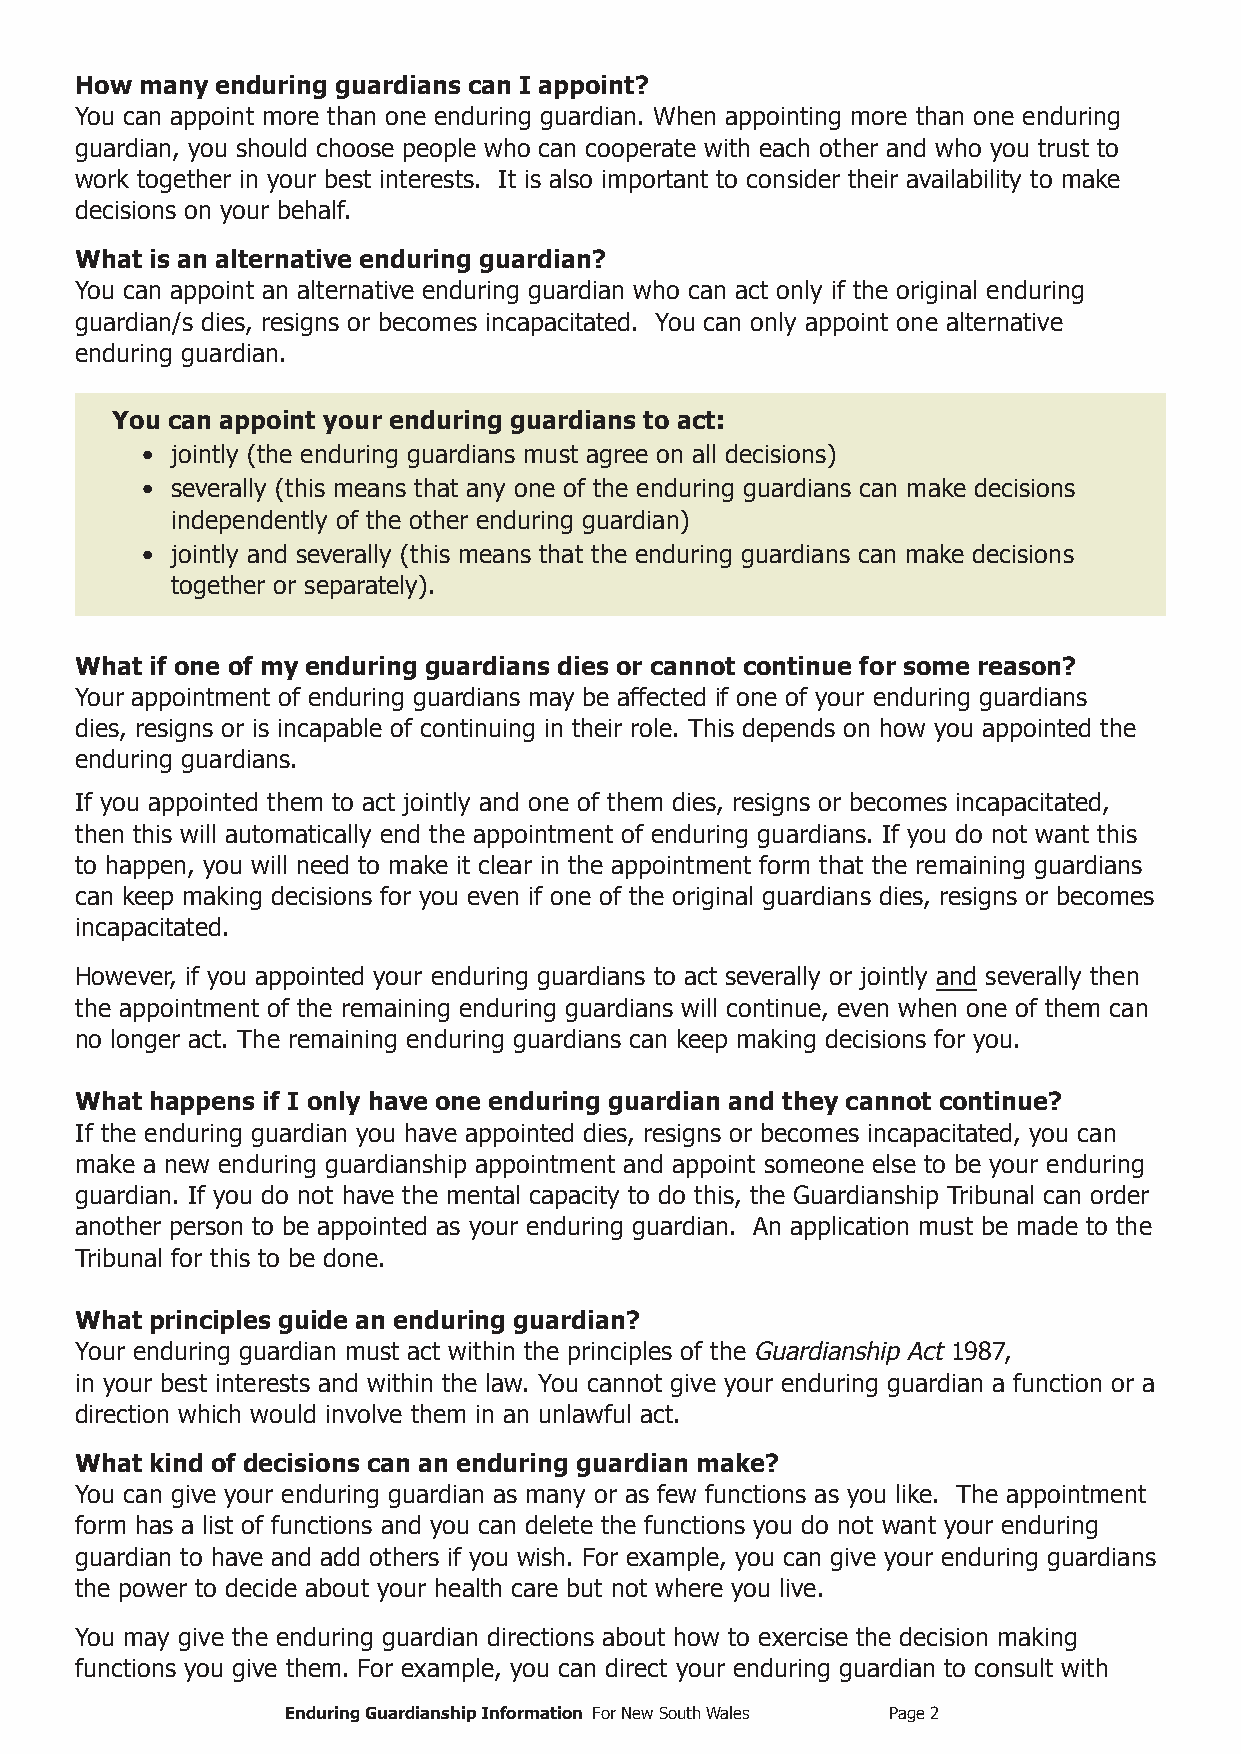
How many enduring guardians can I appoint?
 You can appoint more than one enduring guardian. When appointing more than one enduring
 guardian, you should choose people who can cooperate with each other and who you trust to
 work together in your best interests. It is also important to consider their availability to make
 decisions on your behalf.
 What is an alternative enduring guardian?
 You can appoint an alternative enduring guardian who can act only if the original enduring
 guardian/s dies, resigns or becomes incapacitated. You can only appoint one alternative
 enduring guardian.
 You can appoint your enduring guardians to act:
 • jointly (the enduring guardians must agree on all decisions)
 • severally (this means that any one of the enduring guardians can make decisions
 independently of the other enduring guardian)
 • jointly and severally (this means that the enduring guardians can make decisions
 together or separately).
 What if one of my enduring guardians dies or cannot continue for some reason?
 Your appointment of enduring guardians may be affected if one of your enduring guardians
 dies, resigns or is incapable of continuing in their role. This depends on how you appointed the
 enduring guardians.
 If you appointed them to act jointly and one of them dies, resigns or becomes incapacitated,
 then this will automatically end the appointment of enduring guardians. If you do not want this
 to happen, you will need to make it clear in the appointment form that the remaining guardians
 can keep making decisions for you even if one of the original guardians dies, resigns or becomes
 incapacitated.
 However, if you appointed your enduring guardians to act severally or jointly and severally then
 the appointment of the remaining enduring guardians will continue, even when one of them can
 no longer act. The remaining enduring guardians can keep making decisions for you.
 What happens if I only have one enduring guardian and they cannot continue?
 If the enduring guardian you have appointed dies, resigns or becomes incapacitated, you can
 make a new enduring guardianship appointment and appoint someone else to be your enduring
 guardian. If you do not have the mental capacity to do this, the Guardianship Tribunal can order
 another person to be appointed as your enduring guardian. An application must be made to the
 Tribunal for this to be done.
 What principles guide an enduring guardian?
 Your enduring guardian must act within the principles of the Guardianship Act 1987,
 in your best interests and within the law. You cannot give your enduring guardian a function or a
 direction which would involve them in an unlawful act.
 What kind of decisions can an enduring guardian make?
 You can give your enduring guardian as many or as few functions as you like. The appointment
 form has a list of functions and you can delete the functions you do not want your enduring
 guardian to have and add others if you wish. For example, you can give your enduring guardians
 the power to decide about your health care but not where you live.
 You may give the enduring guardian directions about how to exercise the decision making
 functions you give them. For example, you can direct your enduring guardian to consult with
 Enduring Guardianship Information For New South Wales Page 2